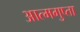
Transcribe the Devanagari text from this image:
आत्मगुप्ता